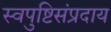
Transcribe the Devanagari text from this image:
स्वपुष्टिसंप्रदाय